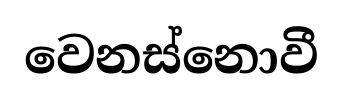
වෙනස්නොවී